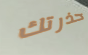
حذرتك